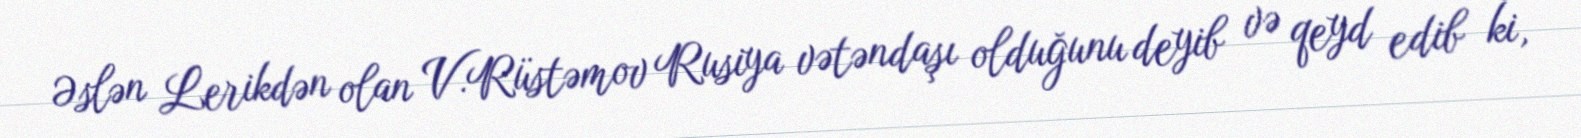
Əslən Lerikdən olan V.Rüstəmov Rusiya vətəndaşı olduğunu deyib və qeyd edib ki,